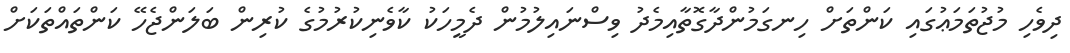
ދިވެހި މުޖުތަމަޢުގައި ކަންތަށް ހިނގަމުންދާގޮތާއިމެދު ވިސްނައިލުމުން ދެމީހަކު ކާވެނިކުރުމުގެ ކުރިން ބަލަންޖެހޭ ކަންތައްތަކަށް